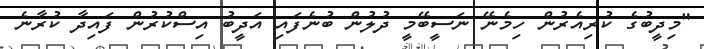
"މިދީބުގެ ކުރިއެރުން ހިމެނޭ ނަސީބޭމީ ދުލުން ބުނެފައި އަދީބު އިސްކުރުން ފައިދާ ކުރާނެ